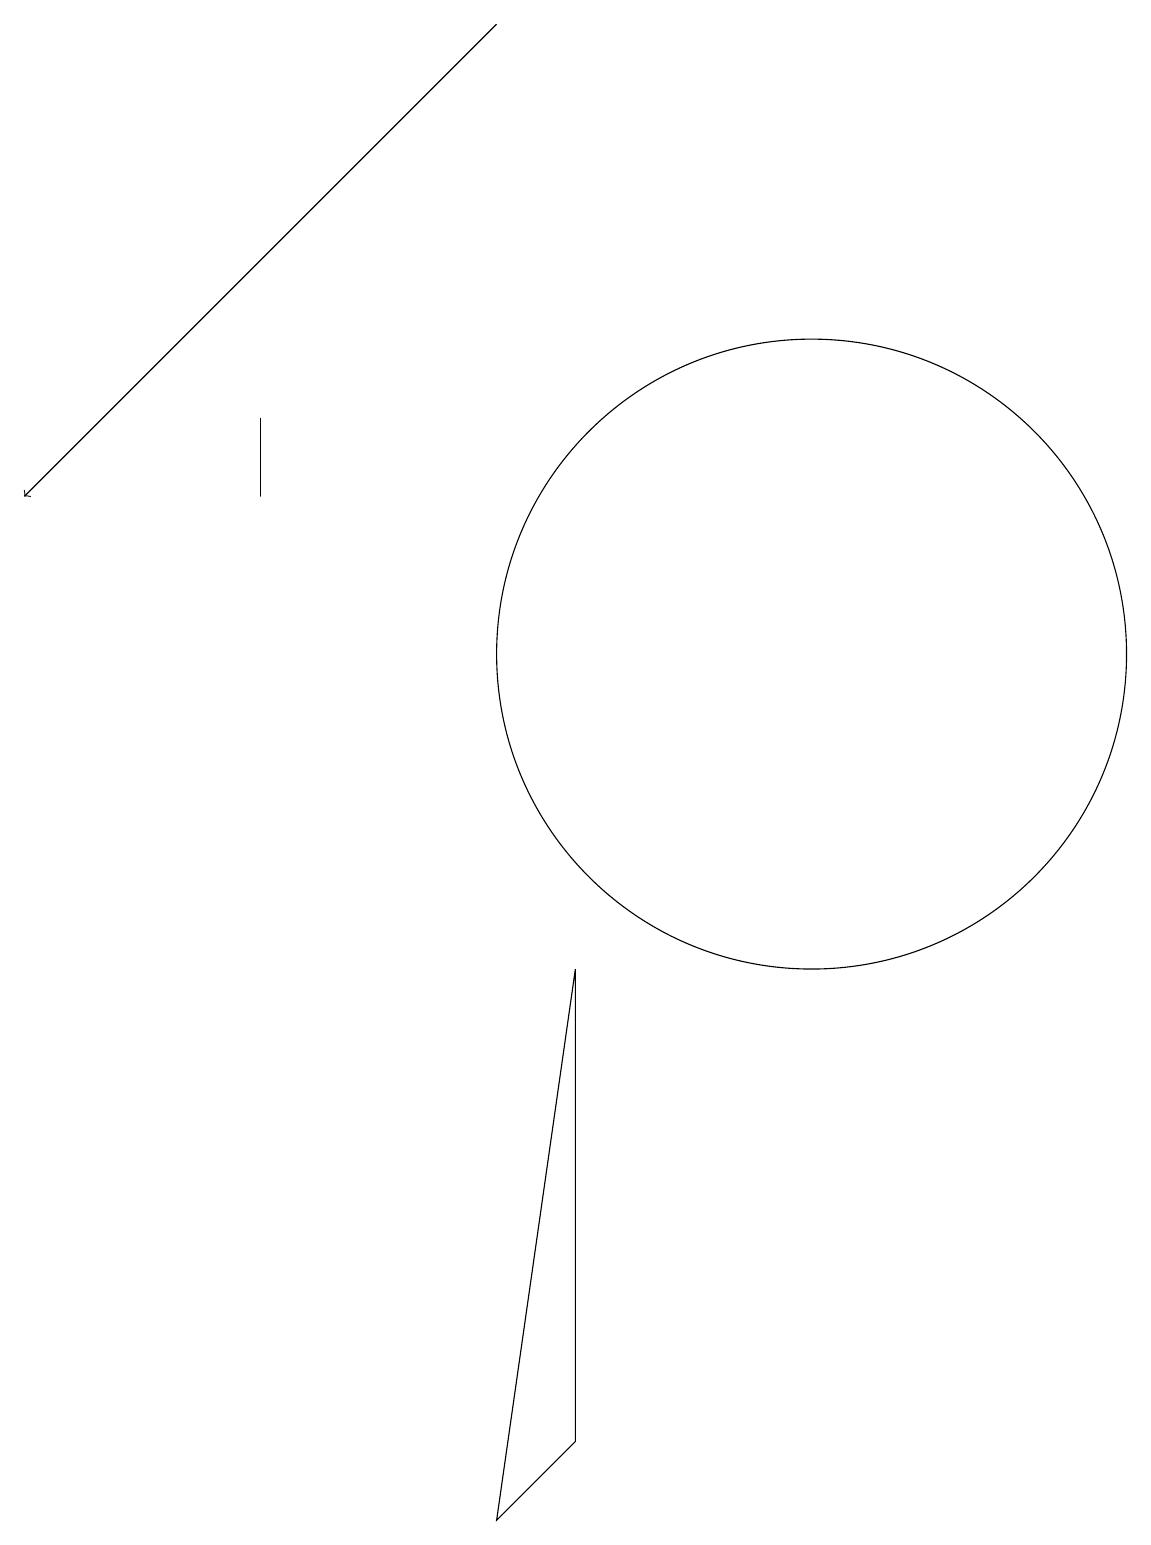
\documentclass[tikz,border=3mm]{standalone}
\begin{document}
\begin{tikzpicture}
\draw[->] (6,19) -- (0,13);
\draw (6,0) -- (7,7) -- (7,1) -- cycle;
\draw (10,11) circle (4);
\draw (3,14) rectangle (3,13);
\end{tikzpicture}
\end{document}